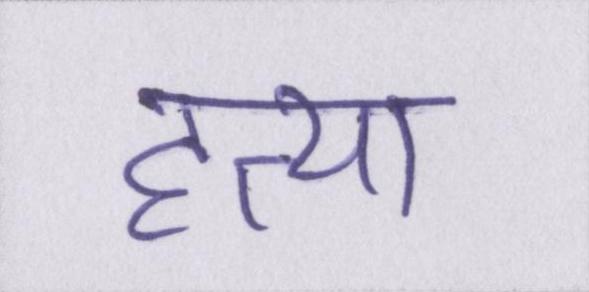
हत्या